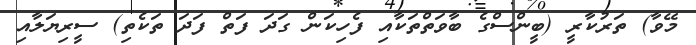
މޭވާ) ތަރުކާރީ (ބީންސްގެ ބާވަތްތަކާއި ފެހިކަން ގަދަ ފަތް ފަދަ ތަކެތި) ސީރިޔަލާއި